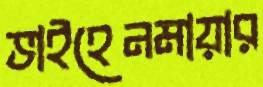
ভাইহেনমায়ার